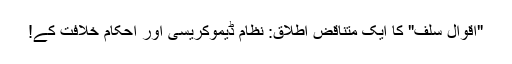
"اقوالِ سلف" کا ایک متناقض اطلاق: نظام ڈیموکریسی اور احکام خلافت کے!